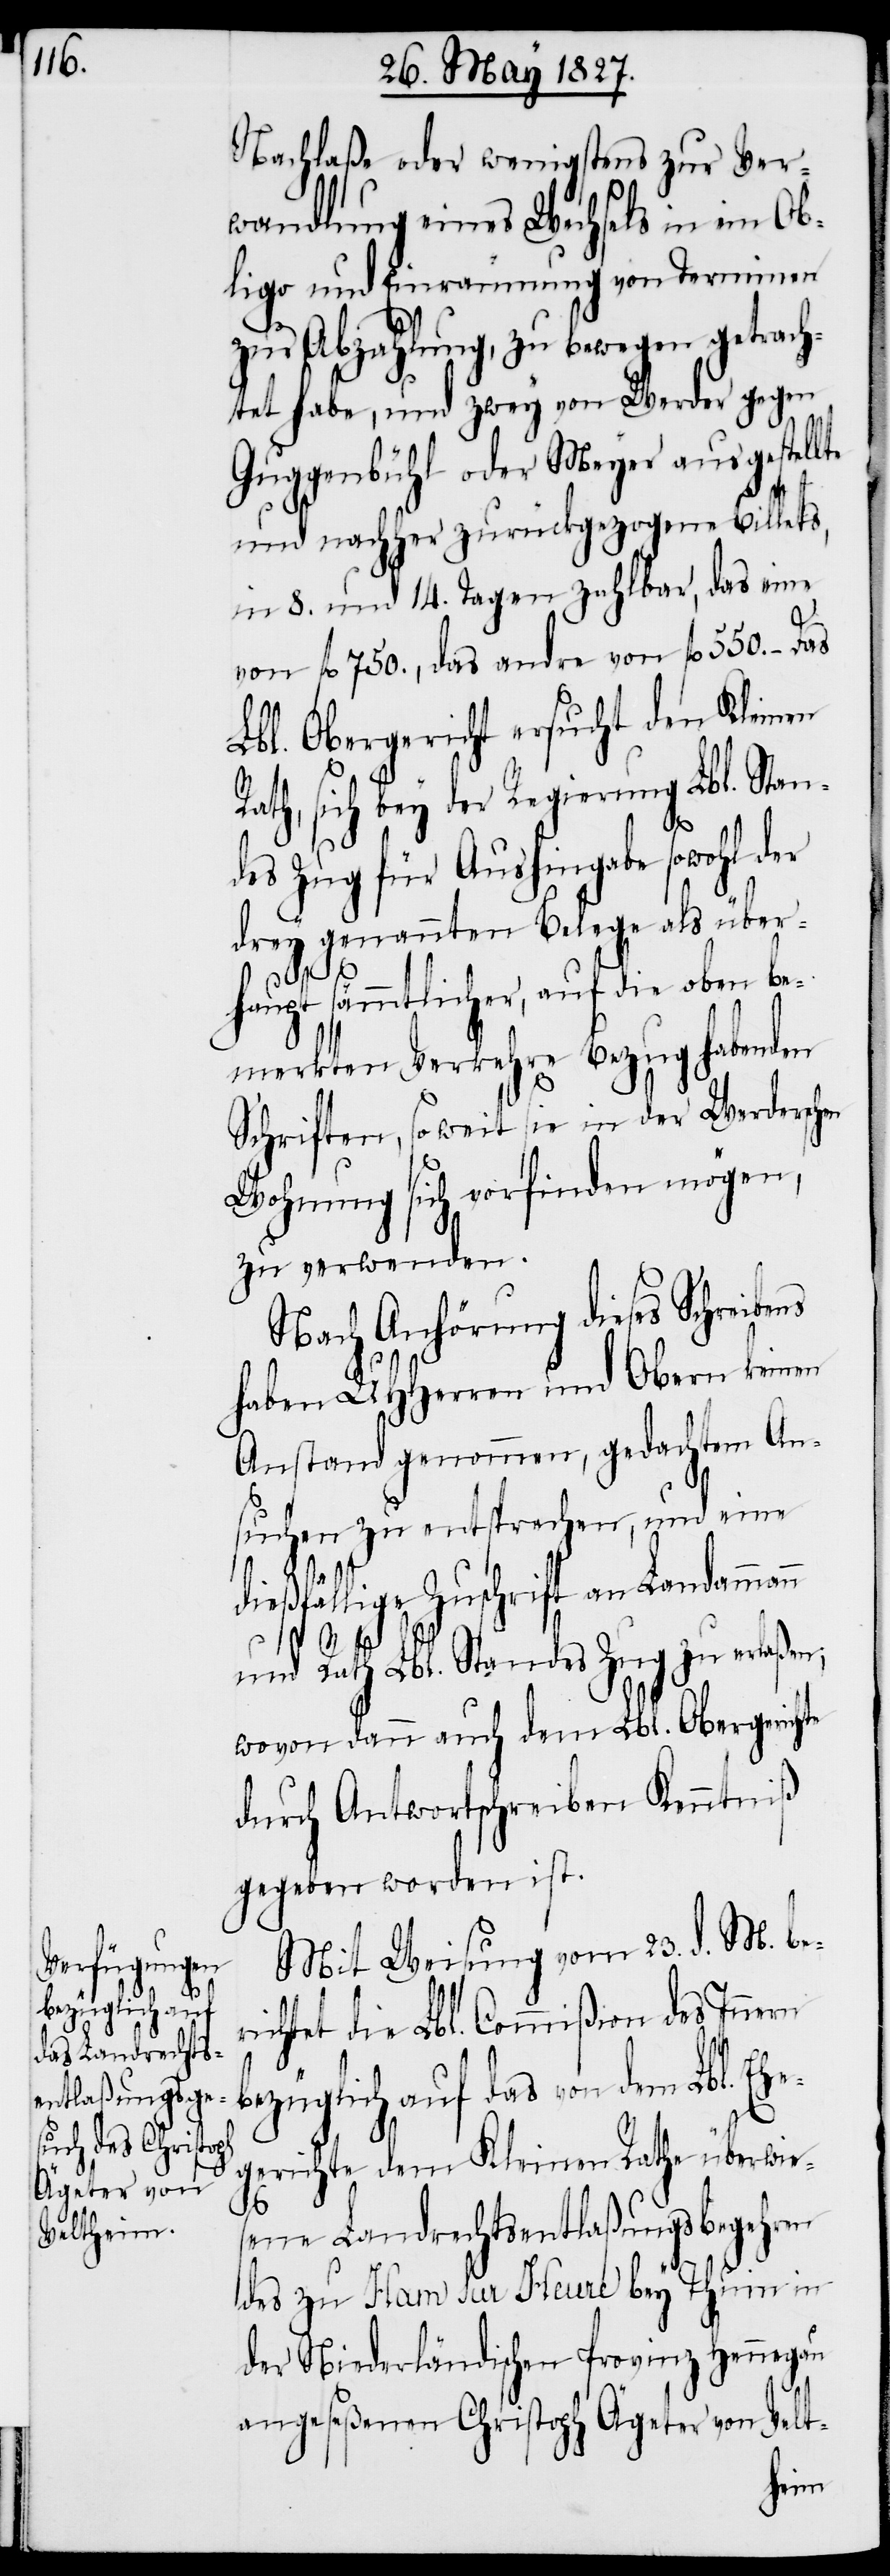
Nachlaße oder wenigstens zur Ver¬
wandlung eines Wechsels in ein Ob¬
ligo und Einräumung von Terminen
zur Abzahlung, zu bewegen getrach¬
tet habe, und zwey von Werder gegen
Guggenbühl oder Meyer ausgestell¬
und nachher zurückgezogene Billets,
in 8. und 14. Tagen zahlbar, das eine
von fl. 750., das andre von fl. 550. – Das
Lbl. Obergericht ersucht den Kleinen
Rath, sich bey der Regierung Lbl. Stan¬
des Zug für Aushingabe sowohl der
drey genannten Belege als über¬
haupt sämmtlicher, auf die oben be¬
merkten Verkehre Bezug habenden
Schriften, so weit sie in der Werdersch¬
Wohnung sich vorfinden mögen,
zu verwenden.
Nach Anhörung dieses Schreibe¬
haben UHHerren und Obern keinen
Anstand genommen, gedachtem An¬
suchen zu entsprechen, und eine
dießfällige Zuschrift an Landammann
ns
und Rath Lbl. Standes Zug zu erlaßen,
wovon dann auch dem Lbl. Obergericht
durch Antwortschreiben Kenntniß
gegeben worden ist.
Mit Weisung vom 23. d. M. ber¬
ichtet die Lbl. Commißion des Innern
bezüglich auf das von dem Lbl. E¬
gerichte dem Kleinen Rathe überwie¬
sene Landrechtsentlaßungsbegehren
des zu Ham Sur Heure bey Thuin in
der Niederländischen Provinz Hennegau
angeseßenen Christoph Ägeter von Velt-
he¬